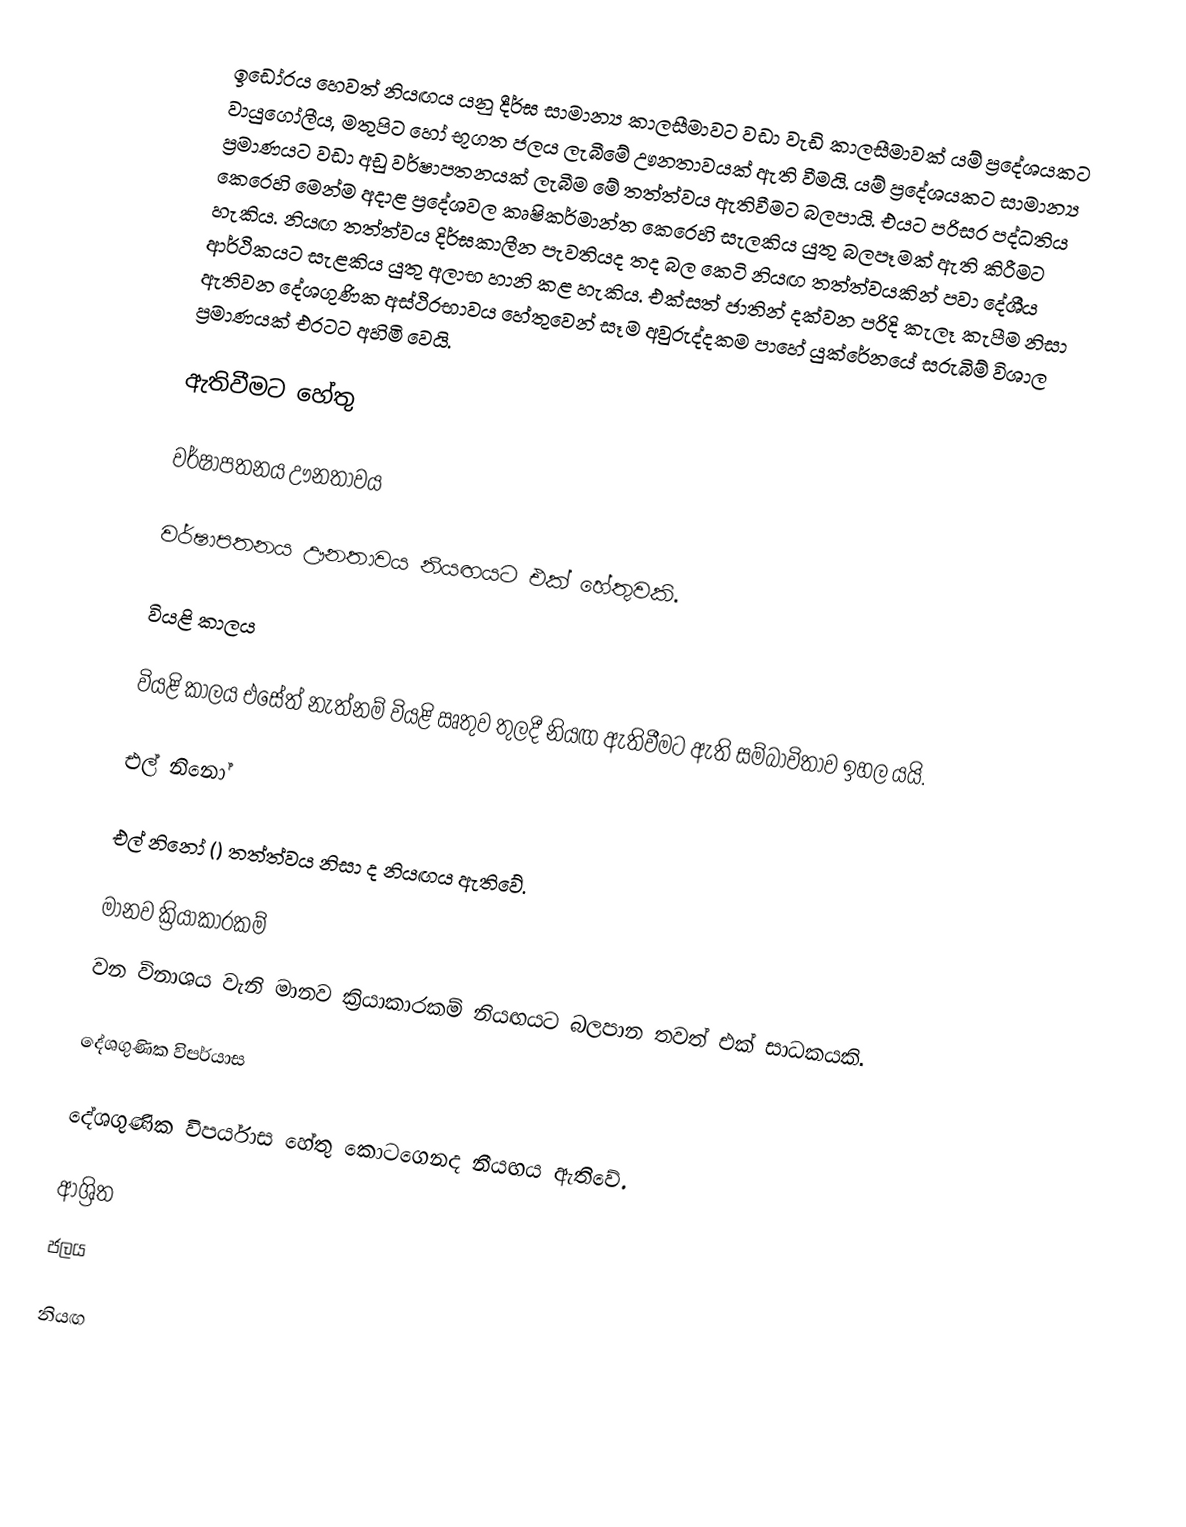
ඉඩෝරය හෙවත් නියඟය යනු දීර්ඝ සාමාන්‍ය කාලසීමාවට වඩා වැඩි කාලසීමාවක් යම් ප්‍රදේශයකට වායුගෝලීය, මතුපිට හෝ භූගත ජලය ලැබීමේ ඌනතාවයක් ඇති වීමයි. යම් ප්‍රදේශයකට සාමාන්‍ය ප්‍රමාණයට වඩා අඩු වර්ෂාපතනයක් ලැබීම මේ තත්ත්වය ඇතිවීමට බලපායි. එයට පරිසර පද්ධතිය කෙරෙහි මෙන්ම අදාළ ප්‍රදේශවල කෘෂිකර්මාන්ත කෙරෙහි සැලකිය යුතු බලපෑමක් ඇති කිරීමට හැකිය. නියඟ තත්ත්වය දිර්ඝකාලීන පැවතියද තද බල කෙටි නියඟ තත්ත්වයකින් පවා දේශීය ආර්ථිකයට සැළකිය යුතු අලාභ හානි කළ හැකිය. එක්සත් ජාතින් දක්වන පරිදි කැලෑ කැපීම නිසා ඇතිවන දේශගුණික අස්ථිරභාවය හේතුවෙන් සෑම අවුරුද්දකම පාහේ යුක්රේනයේ සරුබිම් විශාල ප්‍රමාණයක් එරටට අහිමි වෙයි.

ඇතිවීමට හේතු

වර්ෂාපතනය ඌනතාවය

වර්ෂාපතනය ඌනතාවය නියඟයට එක් හේතුවකි.

වියළි කාලය

වියළි කාලය එසේත් නැත්නම් වියළි ඍතුව තුලදී නියඟ ඇතිවීමට ඇති සම්බාවිතාව ඉහල යයි.

එල් නිනෝ

එල් නිනෝ () තත්ත්වය නිසා ද නියඟය ඇතිවේ.

මානව ක්‍රියාකාරකම්
වන විනාශය වැනි මානව ක්‍රියාකාරකම් නියඟයට බලපාන තවත් එක් සාධකයකි.

දේශගුණික විපර්යාස

දේශගුණික විපර්යාස හේතු කොටගෙනද නීයඟය ඇතිවේ.

ආශ්‍රිත
 ජලය

නියඟ